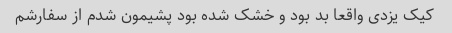
کیک یزدی واقعا بد بود و خشک شده بود پشیمون شدم از سفارشم